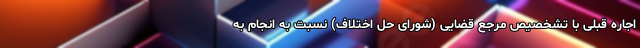
اجاره قبلی با تشخصیص مرجع قضایی (شورای حل اختلاف) نسبت به انجام به